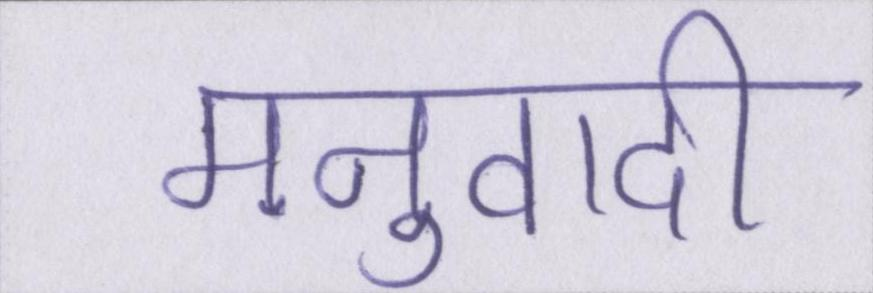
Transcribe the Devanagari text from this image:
मनुवादी